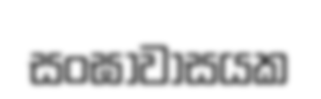
සංඝාවාසයක